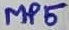
Text: MP5